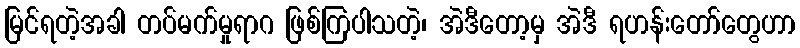
မြင်ရတဲ့အခါ တပ်မက်မှုရာဂ ဖြစ်ကြပါသတဲ့၊ အဲဒီတော့မှ အဲဒီ ရဟန်းတော်တွေဟာ